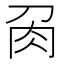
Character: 𭃘